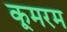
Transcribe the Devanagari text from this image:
कूमरम